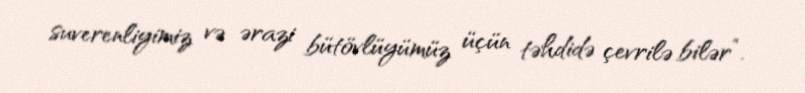
suverenliyimiz və ərazi bütövlüyümüz üçün təhdidə çevrilə bilər”.